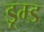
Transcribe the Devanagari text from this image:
डूम्ड